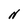
Character: N